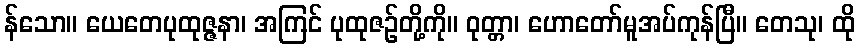
န်သော။ ယေတေပုထုဇ္ဇနာ၊ အကြင် ပုထုဇဉ်တို့ကို။ ဝုတ္တာ၊ ဟောတော်မူအပ်ကုန်ပြီ။ တေသု၊ ထို